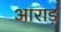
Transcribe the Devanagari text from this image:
आराड़